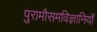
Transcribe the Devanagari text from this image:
पुरामौसमविज्ञानियों